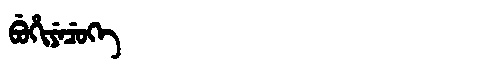
Manchu: ᠪᡠᡥᡳᠶᡝᠴᡠᡴᡝ
Romanization: BUHIYECUKE